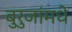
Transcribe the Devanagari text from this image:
बुरुजांमधे